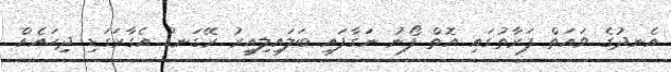
އެނދުގެ ވައަތް ފަރާތުގައި އޮތް ފޯނު ނަގާފައި ބަލައިލިއިރު ރޭގަނޑު އެގާރަގަޑި ދިހައެއް